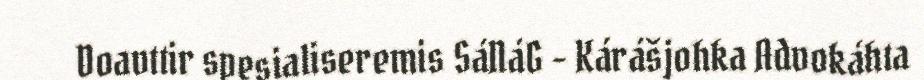
Doavttir spesialiseremis SáNáG - Kárášjohka Advokáhta